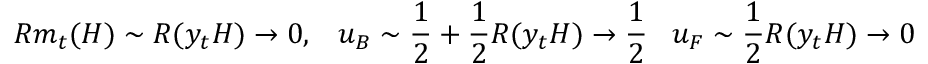
R m _ { t } ( H ) \sim R ( y _ { t } H ) \rightarrow 0 , \; \; \; u _ { B } \sim \frac { 1 } { 2 } + \frac { 1 } { 2 } R ( y _ { t } H ) \rightarrow \frac { 1 } { 2 } \; \; \; u _ { F } \sim \frac { 1 } { 2 } R ( y _ { t } H ) \rightarrow 0